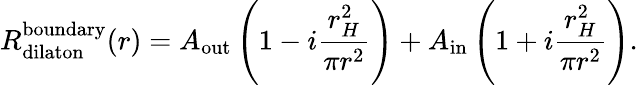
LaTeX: R_{\mathrm{dilaton}}^{\mathrm{boundary}}(r)=A_{\mathrm{out}}\left(1-i\frac{r_{H}^{2}}{\pi r^{2}}\right)+A_{\mathrm{in}}\left(1+i\frac{r_{H}^{2}}{\pi r^{2}}\right).